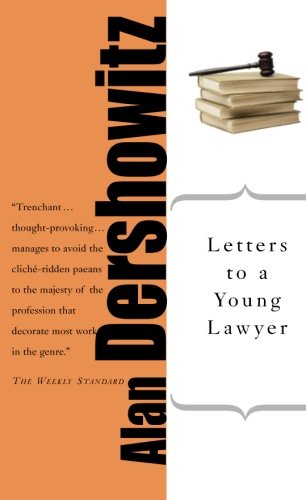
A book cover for Letters to a Young Lawyer (Art of Mentoring); Alan M. Dershowitz; Law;